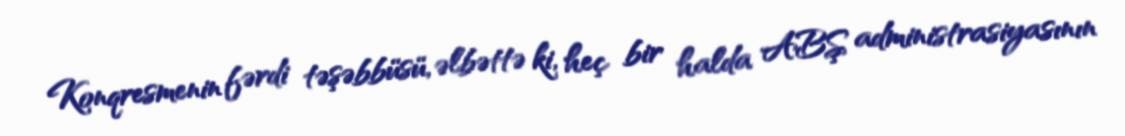
Konqresmenin fərdi təşəbbüsü, əlbəttə ki, heç bir halda ABŞ administrasiyasının